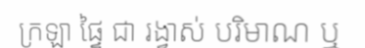
ក្រឡា ផ្ទៃ ជា រង្វាស់ បរិមាណ ឬ